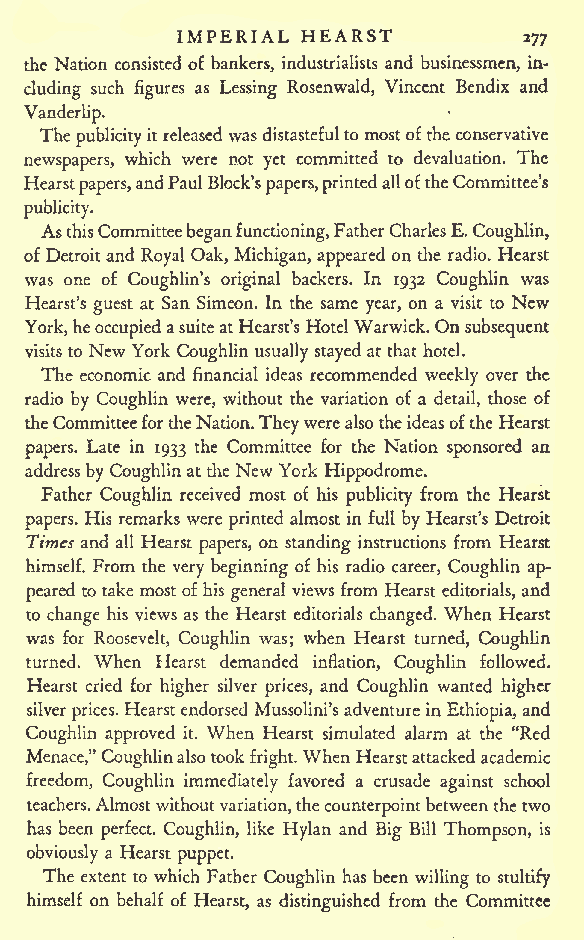
IMPERIAL HEARST
 277
 the Nation consisted of bankers, industrialists and businessmen, in-
 cluding such figures as Lessing Rosenwald, Vincent Bendix and
 Vanderlip.
 The publicityitreleased was distastefultomostoftheconservative
 newspapers, which were not yet committed to devaluation. The
 Hearst papers,andPaulBlock'spapers,printedalloftheCommittee's
 publicity.
 AsthisCommitteebeganfunctioning,FatherCharlesE.Coughlin,
 of Detroitand Royal Oak, Michigan, appeared on the radio. Hearst
 was one of Coughlin's original backers. In 1932 Coughlin was
 Hearst's guest at San Simeon. In the same year, on a visit to New
 York,heoccupiedasuiteatHearst's HotelWarwick.On subsequent
 visits to New York Coughlin usually stayed at that hotel.
 The economic and financial ideas recommended weekly over the
 radio by Coughlin were, without the variation of a detail, those of
 theCommitteefortheNation.TheywerealsotheideasoftheHearst
 papers. Late in 1933 the Committee for the Nation sponsored an
 addressbyCoughlin atthe NewYork Hippodrome.
 Father Coughlin received most of his publicity from the Hearst
 papers. His remarks were printed almost in full by Hearst's Detroit
 Times and all Hearst papers, on standing instructions from Hearst
 himself. From the very beginning of his radio career, Coughlin ap-
 peared to take most of his general views from Hearst editorials, and
 to change his views as the Hearst editorials changed. When Hearst
 was for Roosevelt, Coughlin was; when Hearst turned, Coughlin
 turned. When Hearst demanded inflation, Coughlin followed.
 Hearst cried for higher silver prices, and Coughlin wanted higher
 silver prices. Hearstendorsed Mussolini'sadventure in Ethiopia, and
 Coughlin approved it. When Hearst simulated alarm at the "Red
 Menace," Coughlinalsotook fright.When Hearstattacked academic
 freedom, Coughlin immediately favored a crusade against school
 teachers.Almostwithoutvariation,thecounterpointbetweenthetwo
 has been perfect. Coughlin, like Hylan and Big Bill Thompson, is
 obviously a Hearst puppet.
 The extent to which Father Coughlin has been willing to stultify
 himself on behalf of Hearst, as distinguished from the Committee